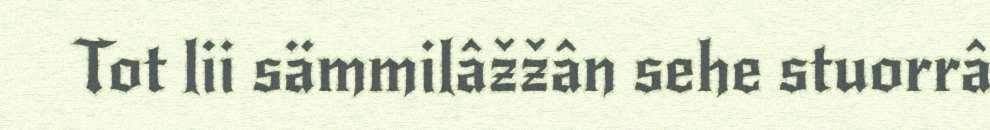
Tot lii sämmilâžžân sehe stuorrâ